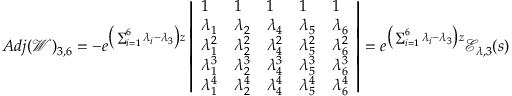
A d j ( \mathscr { W } ) _ { 3 , 6 } = - e ^ { \big ( \sum _ { i = 1 } ^ { 6 } \lambda _ { i } - \lambda _ { 3 } \big ) z } \left| \begin{array} { l l l l l } { 1 } & { 1 } & { 1 } & { 1 } & { 1 } \\ { \lambda _ { 1 } } & { \lambda _ { 2 } } & { \lambda _ { 4 } } & { \lambda _ { 5 } } & { \lambda _ { 6 } } \\ { \lambda _ { 1 } ^ { 2 } } & { \lambda _ { 2 } ^ { 2 } } & { \lambda _ { 4 } ^ { 2 } } & { \lambda _ { 5 } ^ { 2 } } & { \lambda _ { 6 } ^ { 2 } } \\ { \lambda _ { 1 } ^ { 3 } } & { \lambda _ { 2 } ^ { 3 } } & { \lambda _ { 4 } ^ { 3 } } & { \lambda _ { 5 } ^ { 3 } } & { \lambda _ { 6 } ^ { 3 } } \\ { \lambda _ { 1 } ^ { 4 } } & { \lambda _ { 2 } ^ { 4 } } & { \lambda _ { 4 } ^ { 4 } } & { \lambda _ { 5 } ^ { 4 } } & { \lambda _ { 6 } ^ { 4 } } \end{array} \right| = e ^ { \big ( \sum _ { i = 1 } ^ { 6 } \lambda _ { i } - \lambda _ { 3 } \big ) z } \mathscr { E } _ { \lambda , 3 } ( s )